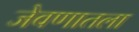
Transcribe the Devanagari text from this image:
जेवणातला